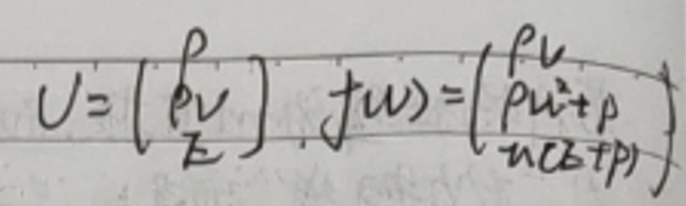
\[
U = \begin{pmatrix}
\rho v \\
\rho v^2 + p \\
\rho v E
\end{pmatrix}, \quad f(U) = \begin{pmatrix}
\rho u \\
\rho u^2 + p \\
u(\rho E + p)
\end{pmatrix}
\]